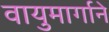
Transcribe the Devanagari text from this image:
वायुमार्गाने